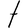
Character: t